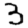
Digit: 3